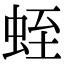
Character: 蛭